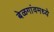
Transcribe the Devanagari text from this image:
बेळगांवमध्ये